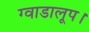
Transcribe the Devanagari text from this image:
ग्वाडालूप।